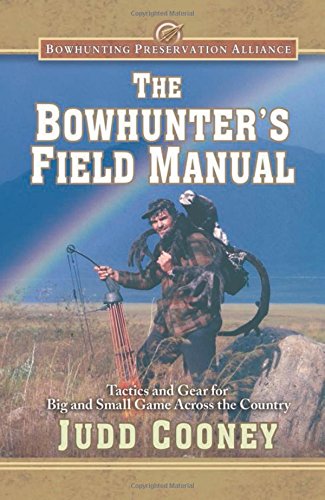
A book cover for The Bowhunter's Field Manual: Tactics and Gear for Big and Small Game Across the Country (Bowhunting Preservation Alliance); Judd Cooney; Sports & Outdoors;